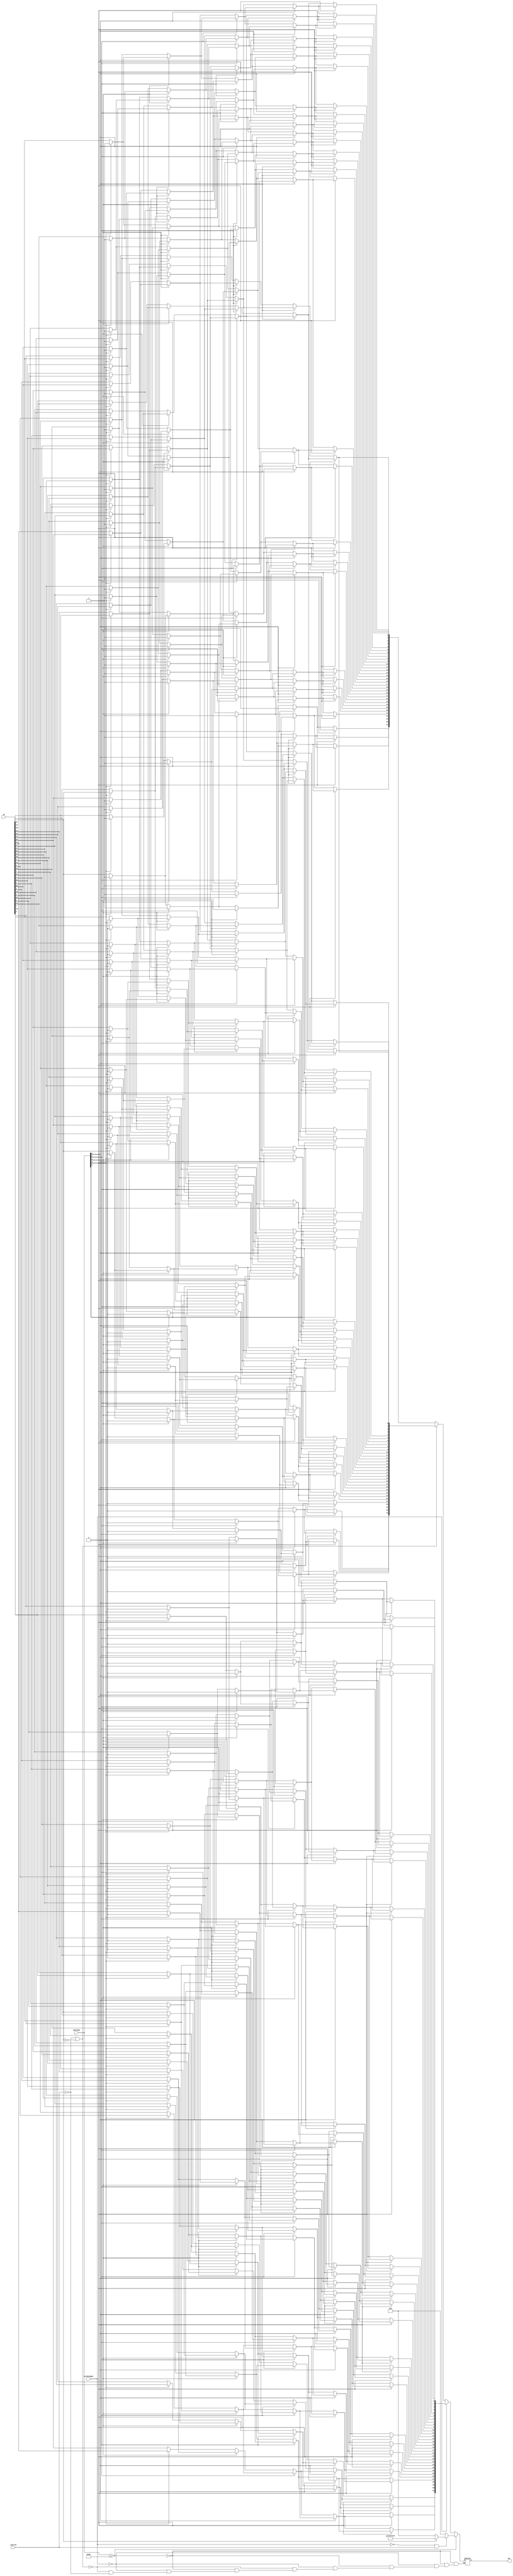
`timescale 1ns / 1ps
//////////////////////////////////////////////////////////////////////////////////
// Company: 
// Engineer: 
// 
// Design Name: 
// Module Name:    Shift_32_bit 
// Project Name: 
// Target Devices: 
// Tool versions: 
// Description: 
//
// Dependencies: 
//
// Revision: 
// Revision 0.01 - File Created
// Additional Comments: 
//
//////////////////////////////////////////////////////////////////////////////////
module Shift_32_bit(out, in, shiftAmt, LeftOrRight, isArith);

output[31:0] out;
input[31:0] in, shiftAmt;
input LeftOrRight, isArith;

reg[31:0] layer1, layer2, layer3, layer4, out;

integer i;

always@(in or shiftAmt or LeftOrRight or isArith) begin
	if(shiftAmt >= 32)begin
		if(!LeftOrRight && isArith)begin
			if(in[31]==0)begin
				out = 32'b0;
			end
			else begin
				out = 32'b11111111111111111111111111111111;
			end
		end
		else begin
			out = 32'b0;
		end
	end
	else begin
		if(LeftOrRight==1)begin
			if(shiftAmt[4] == 1)begin
				for(i=0;i<=31;i=i+1)begin
					if(i<16)begin
						layer1[i] = 0;
					end
					else begin
						layer1[i] = in[i-16];
					end
				end
			end
			else begin
				layer1 = in;
			end
			
			if(shiftAmt[3] == 1)begin
				for(i=0;i<=31;i=i+1)begin
					if(i<8)begin
						layer2[i] = 0;
					end
					else begin
						layer2[i] = layer1[i-8];
					end
				end
			end
			else begin
				layer2 = layer1;
			end
			
			if(shiftAmt[2] == 1)begin
				for(i=0;i<=31;i=i+1)begin
					if(i<4)begin
						layer3[i] = 0;
					end
					else begin
						layer3[i] = layer2[i-4];
					end
				end
			end
			else begin
				layer3 = layer2;
			end
			
			if(shiftAmt[1] == 1)begin
				for(i=0;i<=31;i=i+1)begin
					if(i<2)begin
						layer4[i] = 0;
					end
					else begin
						layer4[i] = layer3[i-2];
					end
				end
			end
			else begin
				layer4 = layer3;
			end
			
			if(shiftAmt[0] == 1)begin
				for(i=0;i<=31;i=i+1)begin
					if(i<1)begin
						out[i] = 0;
					end
					else begin
						out[i] = layer4[i-1];
					end
				end
			end
			else begin
				out = layer4;
			end
		end
		else if(isArith == 0 || in[31]==0)begin
			if(shiftAmt[4] == 1)begin
				for(i=0;i<=31;i=i+1)begin
					if(i > 15)begin
						layer1[i] = 0;
					end
					else begin
						layer1[i] = in[i+16];
					end
				end
			end
			else begin
				layer1 = in;
			end
			
			if(shiftAmt[3] == 1)begin
				for(i=0;i<=31;i=i+1)begin
					if(i>23)begin
						layer2[i] = 0;
					end
					else begin
						layer2[i] = layer1[i+8];
					end
				end
			end
			else begin
				layer2 = layer1;
			end
			
			if(shiftAmt[2] == 1)begin
				for(i=0;i<=31;i=i+1)begin
					if(i>27)begin
						layer3[i] = 0;
					end
					else begin
						layer3[i] = layer2[i+4];
					end
				end
			end
			else begin
				layer3 = layer2;
			end
			
			if(shiftAmt[1] == 1)begin
				for(i=0;i<=31;i=i+1)begin
					if(i>29)begin
						layer4[i] = 0;
					end
					else begin
						layer4[i] = layer3[i+2];
					end
				end
			end
			else begin
				layer4 = layer3;
			end
			
			if(shiftAmt[0] == 1)begin
				for(i=0;i<=31;i=i+1)begin
					if(i>30)begin
						out[i] = 0;
					end
					else begin
						out[i] = layer4[i+1];
					end
				end
			end
			else begin
				out = layer4;
			end
		end
		else if(isArith == 1)begin
			if(shiftAmt[4] == 1)begin
				for(i=0;i<=31;i=i+1)begin
					if(i > 15)begin
						layer1[i] = 1;
					end
					else begin
						layer1[i] = in[i+16];
					end
				end
			end
			else begin
				layer1 = in;
			end
			
			if(shiftAmt[3] == 1)begin
				for(i=0;i<=31;i=i+1)begin
					if(i>23)begin
						layer2[i] = 1;
					end
					else begin
						layer2[i] = layer1[i+8];
					end
				end
			end
			else begin
				layer2 = layer1;
			end
			
			if(shiftAmt[2] == 1)begin
				for(i=0;i<=31;i=i+1)begin
					if(i>27)begin
						layer3[i] = 1;
					end
					else begin
						layer3[i] = layer2[i+4];
					end
				end
			end
			else begin
				layer3 = layer2;
			end
			
			if(shiftAmt[1] == 1)begin
				for(i=0;i<=31;i=i+1)begin
					if(i>29)begin
						layer4[i] = 1;
					end
					else begin
						layer4[i] = layer3[i+2];
					end
				end
			end
			else begin
				layer4 = layer3;
			end
			
			if(shiftAmt[0] == 1)begin
				for(i=0;i<=31;i=i+1)begin
					if(i>30)begin
						out[i] = 1;
					end
					else begin
						out[i] = layer4[i+1];
					end
				end
			end
			else begin
				out = layer4;
			end
		end
	end
end


endmodule